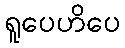
ရူပေဟိပေ